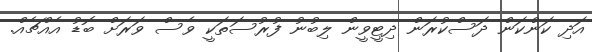
އަދި ކަންކަން ދަސްކުރަން ދިޓީވީން ލިބުނު ފުރުސަތަކީ ވެސް ވަރަށް ބޮޑު އެއްޗެއް.